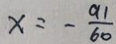
x = - \frac { 9 1 } { 6 0 }